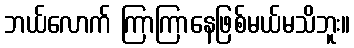
ဘယ်လောက် ကြာကြာနေဖြစ်မယ်မသိဘူး။